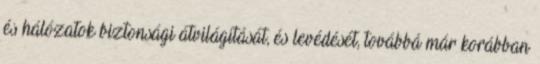
és hálózatok biztonsági átvilágítását, és levédését, továbbá már korábban